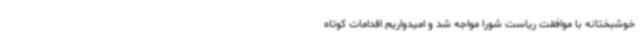
خوشبختانه با موافقت ریاست شورا مواجه شد و امیدواریم اقدامات کوتاه